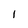
Character: l